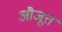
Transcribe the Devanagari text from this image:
औजूत